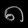
Digit: ၈